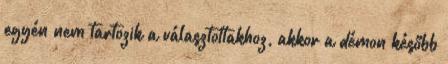
egyén nem tartozik a választottakhoz, akkor a démon később